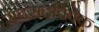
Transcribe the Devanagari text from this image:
सदसदविवेक